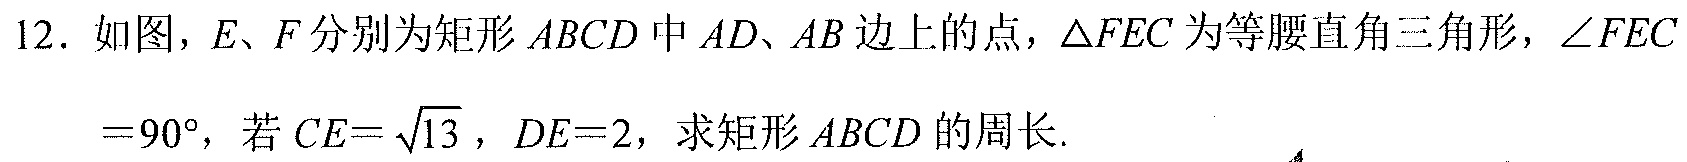
12. 如图，\(E\)、\(F\)分别为矩形\(ABCD\)中\(AD\)、\(AB\)边上的点，\(\triangle FEC\)为等腰直角三角形，\(\angle FEC = 90^{\circ}\)，若\(CE = \sqrt{13}\)，\(DE = 2\)，求矩形\(ABCD\)的周长.